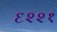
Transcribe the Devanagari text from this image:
६२२१